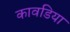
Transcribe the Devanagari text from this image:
कावडिया